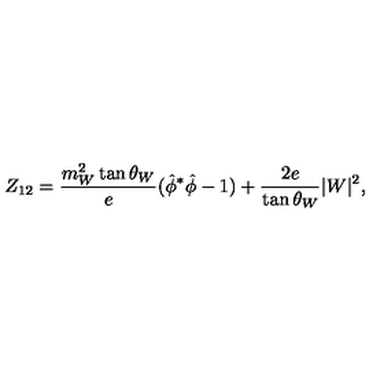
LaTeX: Z _ { 1 2 } = \frac { m _ { W } ^ { 2 } \tan \theta _ { W } } { e } ( { \hat { \phi } } ^ { * } \hat { \phi } - 1 ) + \frac { 2 e } { \tan \theta _ { W } } | W | ^ { 2 } ,